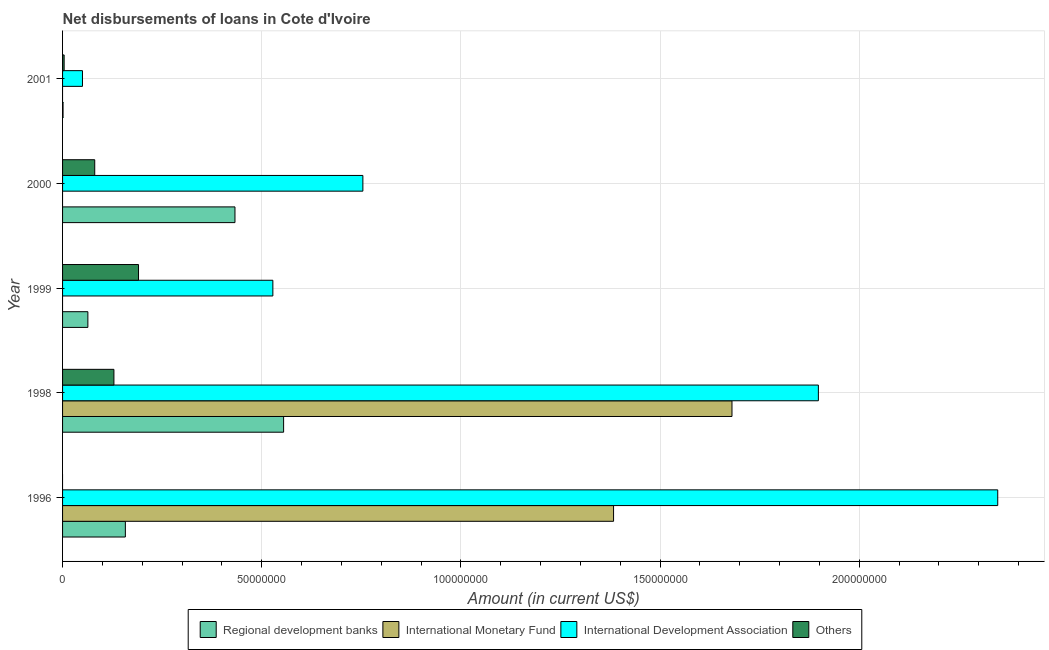
| Year | Regional development banks | International Monetary Fund | International Development Association | Others |
 | --- | --- | --- | --- | --- |
 | 1996 | 1.58e+07 | 1.38e+08 | 2.35e+08 | -8.88e+06 |
 | 1998 | 5.55e+07 | 1.68e+08 | 1.9e+08 | 1.29e+07 |
 | 1999 | 6.36e+06 | -8.14e+06 | 5.28e+07 | 1.91e+07 |
 | 2000 | 4.33e+07 | -3.93e+07 | 7.54e+07 | 8.08e+06 |
 | 2001 | 1.22e+05 | -6.67e+07 | 5e+06 | 3.97e+05 |